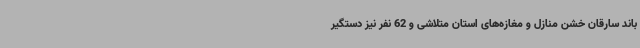
باند سارقان خشن منازل و مغازه‌های استان متلاشی و 62 نفر نیز دستگیر